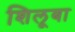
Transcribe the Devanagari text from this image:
शिलूबा